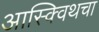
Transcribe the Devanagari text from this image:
आस्क्विथचा